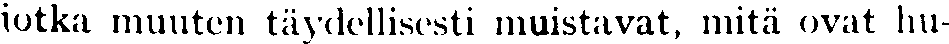
jotka muuten täydellisesti muistavat, mitä ovat hu-